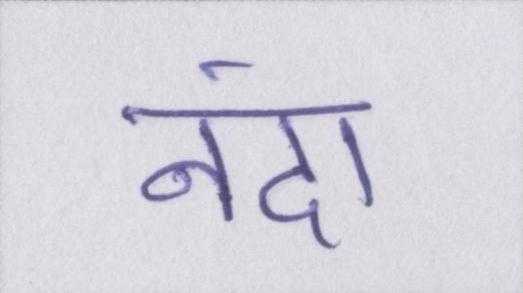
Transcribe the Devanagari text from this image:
नंदा